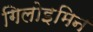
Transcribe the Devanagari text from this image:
गिलोइमिन